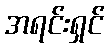
အရင်းရှင်